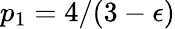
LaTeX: p_{1}=4/(3-\epsilon)